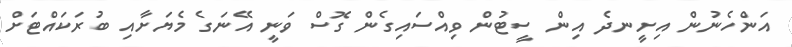
އަންހެނުން އިށީނދެ އިން ސީޓުން ވިއްސައިގެން ގޮސް ވަނީ އޭނަގެ މެޔަށާއި ބުރަކައްޓަށް